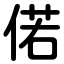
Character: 偌